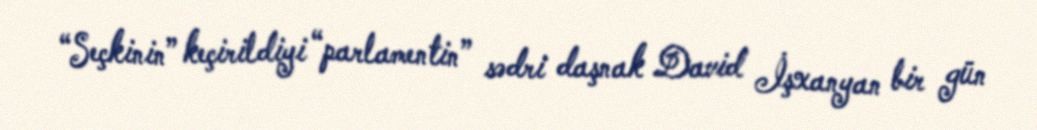
“Seçkinin” keçirildiyi “parlamentin” sədri daşnak David İşxanyan bir gün